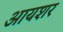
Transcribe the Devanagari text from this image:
आयशर